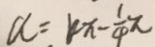
a = k x - \frac { 1 } { 4 } \pi